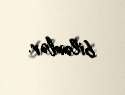
bilərlər.